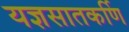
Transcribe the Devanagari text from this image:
यज्ञसातकर्णि